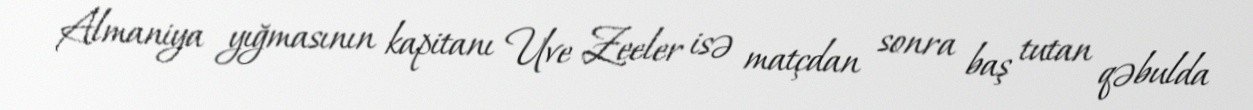
Almaniya yığmasının kapitanı Uve Zeeler isə matçdan sonra baş tutan qəbulda